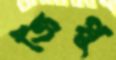
জিপ্পু